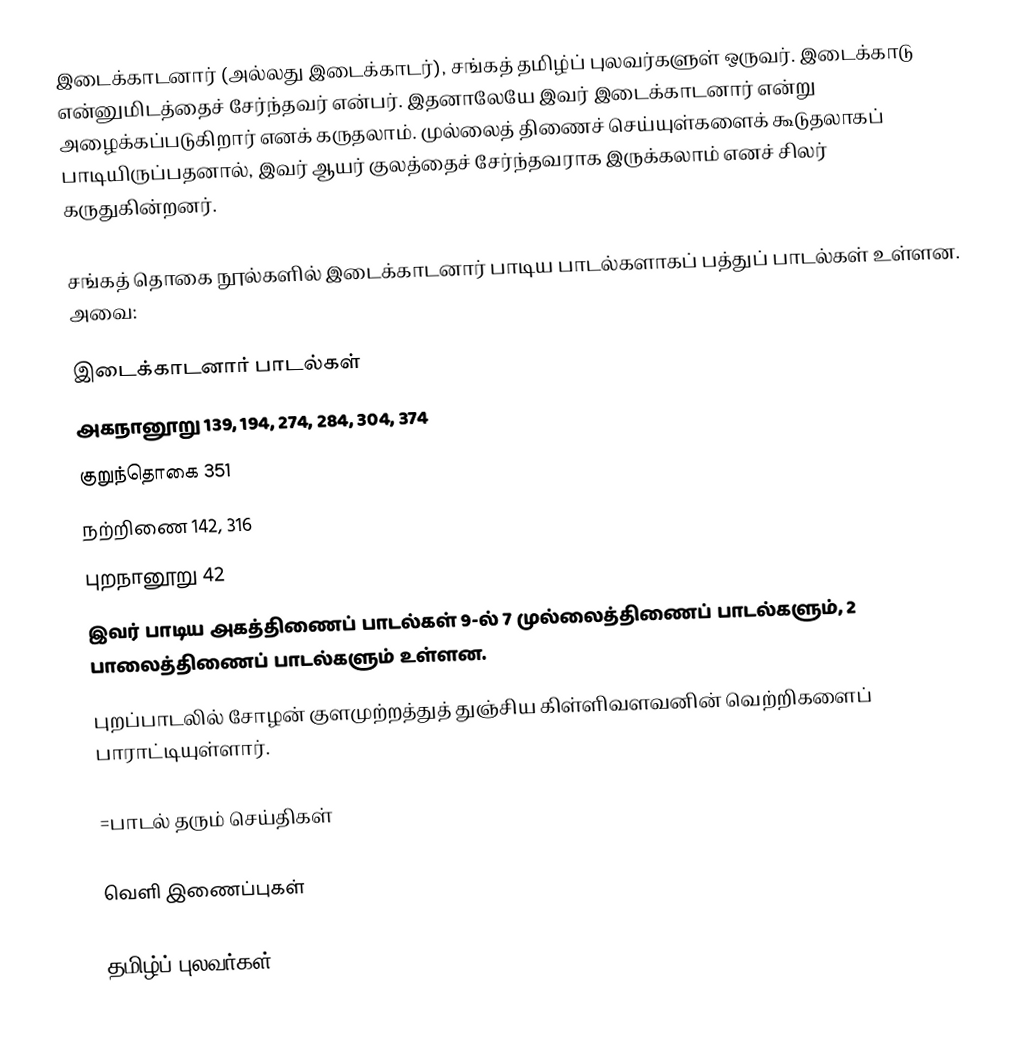
இடைக்காடனார் (அல்லது இடைக்காடர்), சங்கத் தமிழ்ப் புலவர்களுள் ஒருவர். இடைக்காடு என்னுமிடத்தைச் சேர்ந்தவர் என்பர். இதனாலேயே இவர் இடைக்காடனார் என்று அழைக்கப்படுகிறார் எனக் கருதலாம். முல்லைத் திணைச் செய்யுள்களைக் கூடுதலாகப் பாடியிருப்பதனால், இவர் ஆயர் குலத்தைச் சேர்ந்தவராக இருக்கலாம் எனச் சிலர் கருதுகின்றனர்.

சங்கத் தொகை நூல்களில் இடைக்காடனார் பாடிய பாடல்களாகப் பத்துப் பாடல்கள் உள்ளன. அவை:

இடைக்காடனார் பாடல்கள்
அகநானூறு 139, 194, 274, 284, 304, 374
குறுந்தொகை 351
நற்றிணை 142, 316
புறநானூறு 42
இவர் பாடிய அகத்திணைப் பாடல்கள் 9-ல் 7 முல்லைத்திணைப் பாடல்களும், 2 பாலைத்திணைப் பாடல்களும் உள்ளன.
புறப்பாடலில் சோழன் குளமுற்றத்துத் துஞ்சிய கிள்ளிவளவனின் வெற்றிகளைப் பாராட்டியுள்ளார்.

=பாடல் தரும் செய்திகள்

வெளி இணைப்புகள்

தமிழ்ப் புலவர்கள்